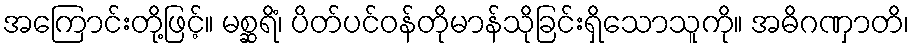
အကြောင်းတို့ဖြင့်။ မစ္ဆရိံ၊ ပိတ်ပင်ဝန်တိုမာန်သိုခြင်းရှိသောသူကို။ အဓိဂဏှာတိ၊